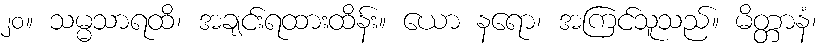
၂၀။ သမ္မသာရထိ၊ အချင်းရထားထိန်း။ ယော နရော၊ အကြင်သူသည်။ မိတ္တာနံ၊